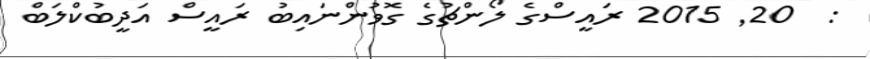
:  20